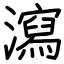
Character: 瀉